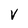
Character: V